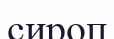
сироп